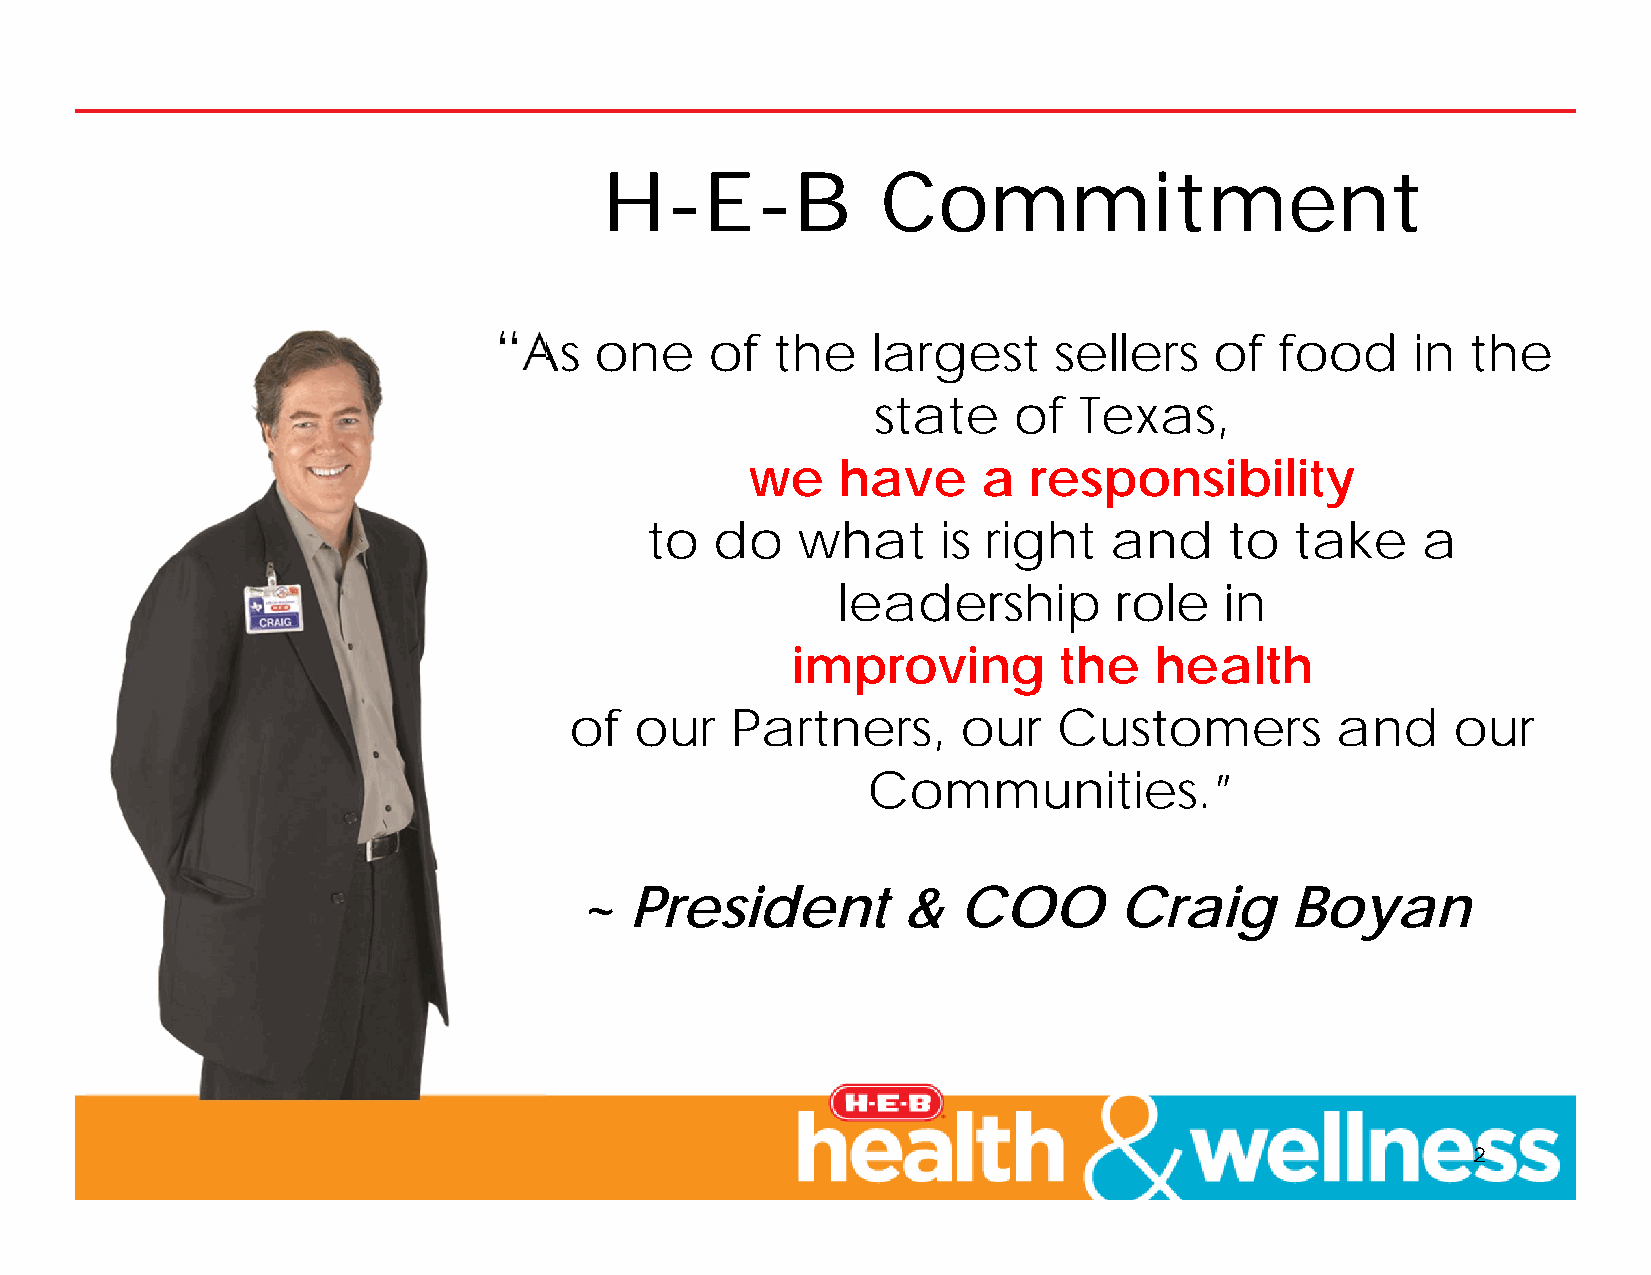
H-E-B             Commitment
 “As   one     of  the    largest     sellers   of   food    in  the
 state    of  Texas,
 we   have      a  responsibility
 to  do    what     is right   and     to   take    a
 leadership         role   in
 improving         the   health
 of  our   Partners,       our   Customers         and     our
 Communities.”
 ~   President         &  COO        Craig      Boyan
 2